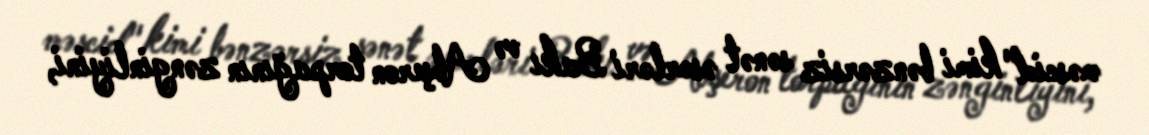
məscid" kimi bənzərsiz sənət əsərləri Bakı və Abşeron torpağının zənginliyini,